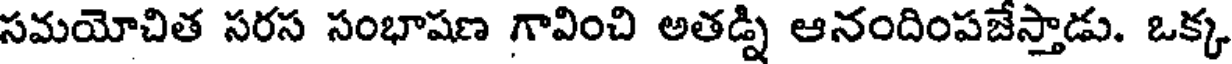
సమయోచిత సరస సంభాషణ గావించి అతడ్ని ఆనందింపజేస్తాడు. ఒక్క